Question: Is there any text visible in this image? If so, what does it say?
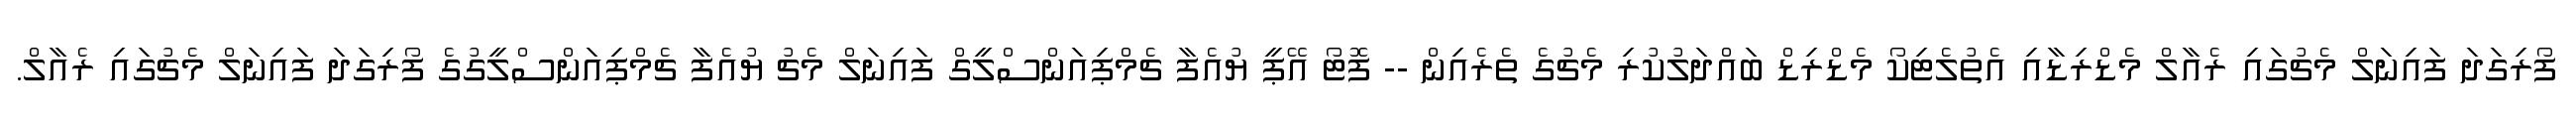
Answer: ފޯރިގަދަ ފައިނަލް މެޗުގައި ރެއާލް މެޑްރިޑާއި އެތުލެޓިކޯ މެޑްރިޑް ބައްދަލުކުރި މެޗުގެ ތެރެއިން -- ފޮޓޯ އޭޕީ ޔުއެފާ ޗެމްޕިއަންސްލީގް ފައިނަލް މެޗު ޔުއެފާ ޗެމްޕިއަންސްލީގުގެ ފޯރިގަދަ ފައިނަލް މެޗުގައި ރެއާލް.